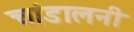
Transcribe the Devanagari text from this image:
चांडालनी